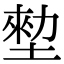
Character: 𡎼